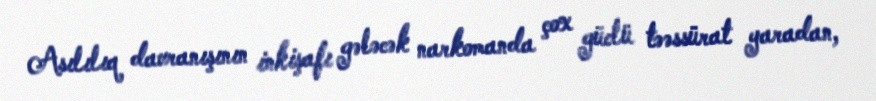
Asılılıq davranışının inkişafı gələcək narkomanda çox güclü təəssürat yaradan,